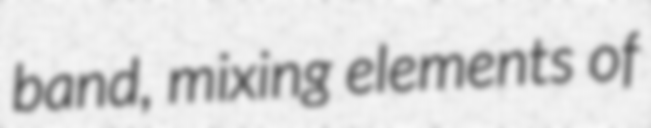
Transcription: band, mixing elements of